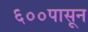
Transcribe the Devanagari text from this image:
६००पासून